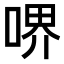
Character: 𠷟